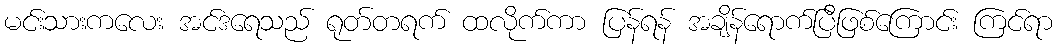
မင်းသားကလေး အင်ဒရေသည် ရုတ်တရက် ထလိုက်ကာ ပြန်ရန် အချိန်ရောက်ပြီဖြစ်ကြောင်း ကြင်ရာ